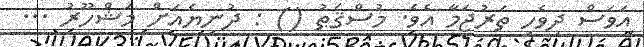
އަވަސް ދިވެހި ތަރުޖަމާ އެވެ. މުސްޤަޠު () : ދުނިޔެއަށް މަޝްހޫރު ...